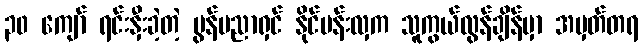
၃၀ ကျော် ရင်းနှီးခဲ့တဲ့ မွန်ပညာရှင် နိုင်ပန်းလှက သူကွယ်လွန်ချိန်မှာ အမှတ်တရ